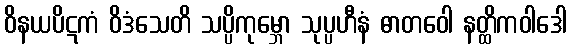
ဝိနယပိဋကံ ဝိဒံသေတိ သပ္ပိကုမ္ဘော သုပ္ပဟီနံ ဓာတဝေါ နတ္ထိကဝါဒေါ